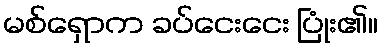
မစ်ရှောက ခပ်ငေးငေး ပြုံး၏။